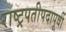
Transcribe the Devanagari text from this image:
राष्ट्रपतीपदापूर्वी